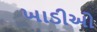
ખાડીઓ